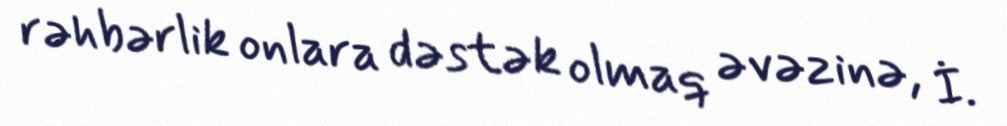
rəhbərlik onlara dəstək olmaq əvəzinə, İ.